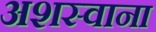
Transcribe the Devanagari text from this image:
अशस्वाना